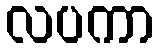
လပကာ